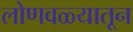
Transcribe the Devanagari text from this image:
लोणवळ्यातून